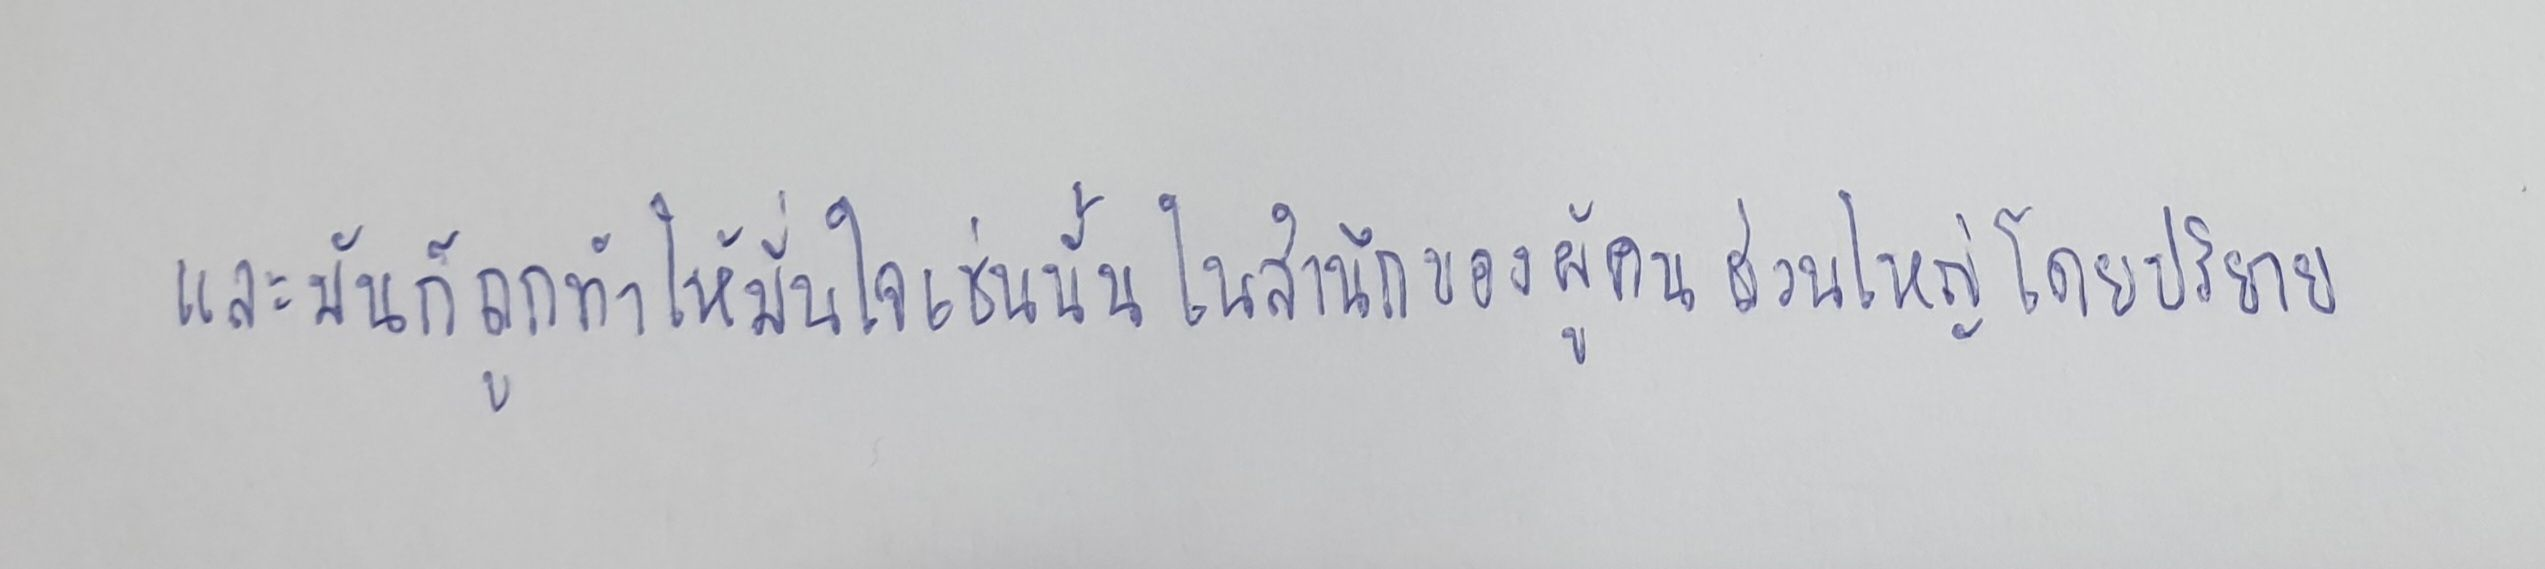
และมันก็ถูกทำให้มั่นใจเช่นนั้นในสำนึกของผู้คนส่วนใหญ่โดยปริยาย